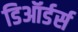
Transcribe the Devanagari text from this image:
डिऑर्डर्स